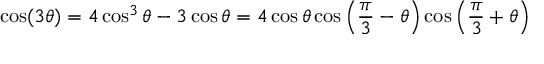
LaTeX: \cos ( 3 \theta ) = 4 \cos ^ { 3 } \theta - 3 \cos \theta = 4 \cos \theta \cos \left( { \frac { \pi } { 3 } } - \theta \right) \cos \left( { \frac { \pi } { 3 } } + \theta \right)